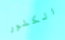
الكلور